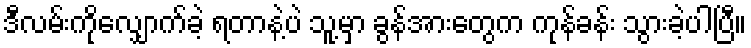
ဒီလမ်းကိုလျှောက်ခဲ့ ရတာနဲ့ပဲ သူ့မှာ ခွန်အားတွေက ကုန်ခန်း သွားခဲ့ပါပြီ။